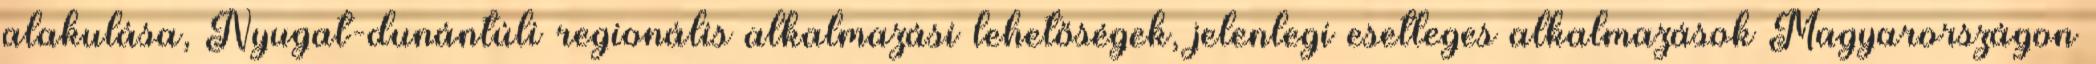
alakulása, Nyugat-dunántúli regionális alkalmazási lehetőségek, jelenlegi esetleges alkalmazások Magyarországon